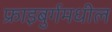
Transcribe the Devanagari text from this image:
फ्राइबुर्गमधील